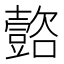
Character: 𲂟